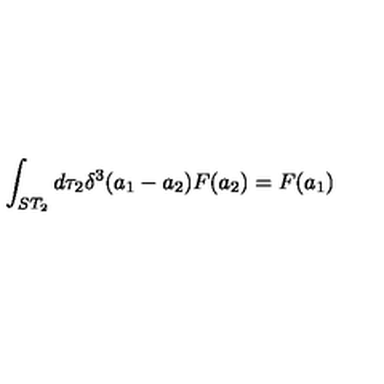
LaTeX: \int _ { S T _ { 2 } } d \tau _ { 2 } \delta ^ { 3 } ( a _ { 1 } - a _ { 2 } ) F ( a _ { 2 } ) = F ( a _ { 1 } )